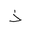
Letter: _thal